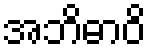
အဘိဓာဝိ